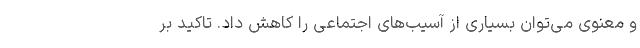
و معنوی می‌توان بسیاری از آسیب‌های اجتماعی را کاهش داد. تاکید بر